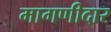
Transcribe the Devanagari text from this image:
मागणीदार